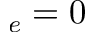
_ e = 0